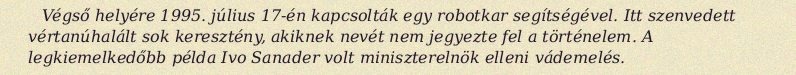
Végső helyére 1995. július 17-én kapcsolták egy robotkar segítségével. Itt szenvedett vértanúhalált sok keresztény, akiknek nevét nem jegyezte fel a történelem. A legkiemelkedőbb példa Ivo Sanader volt miniszterelnök elleni vádemelés.